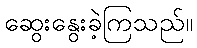
ဆွေးနွေးခဲ့ကြသည်။